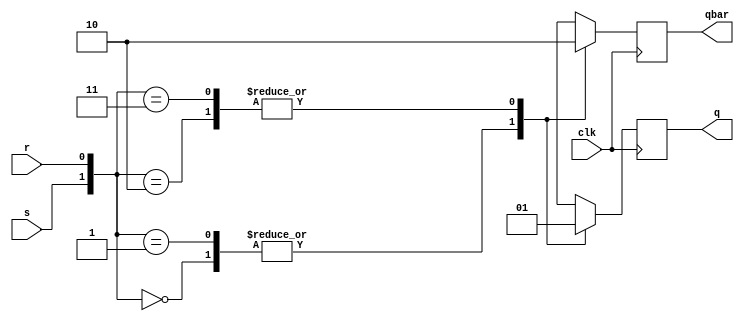
module sr_flipflop( input clk, s, r,output reg q, qbar);

    always @(posedge clk) 
    begin
        q=1'b0;
        qbar = 1'b1;
        
        case ({s, r})
            2'b00: begin
                q <= q;
                qbar <= qbar;end
            2'b01: begin
                q <= 1'b0;
                qbar <= 1'b1;end
            2'b10: begin
                q <= 1'b1;
                qbar <= 1'b0;end
            2'b11: begin
                q <= 1'b1;
                qbar <= 1'b0;end
        endcase
    end
endmodule

module sr_to_t(
    input clk,t,
    output q, qbar);

    wire s, r;
    
    assign s = t & qbar;
    assign r = t & q;

    sr_flipflop srff (clk, s, r, q, qbar);

endmodule